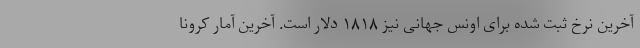
آخرین نرخ ثبت شده برای اونس جهانی نیز ۱۸۱۸ دلار است. آخرین آمار کرونا